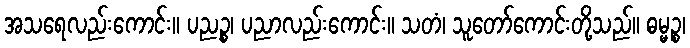
အသရေလည်းကောင်း။ ပညဉ္စ၊ ပညာလည်းကောင်း။ သတံ၊ သူတော်ကောင်းတို့သည်။ ဓမ္မဉ္စ၊